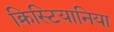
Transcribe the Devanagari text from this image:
क्रिस्टियानिया